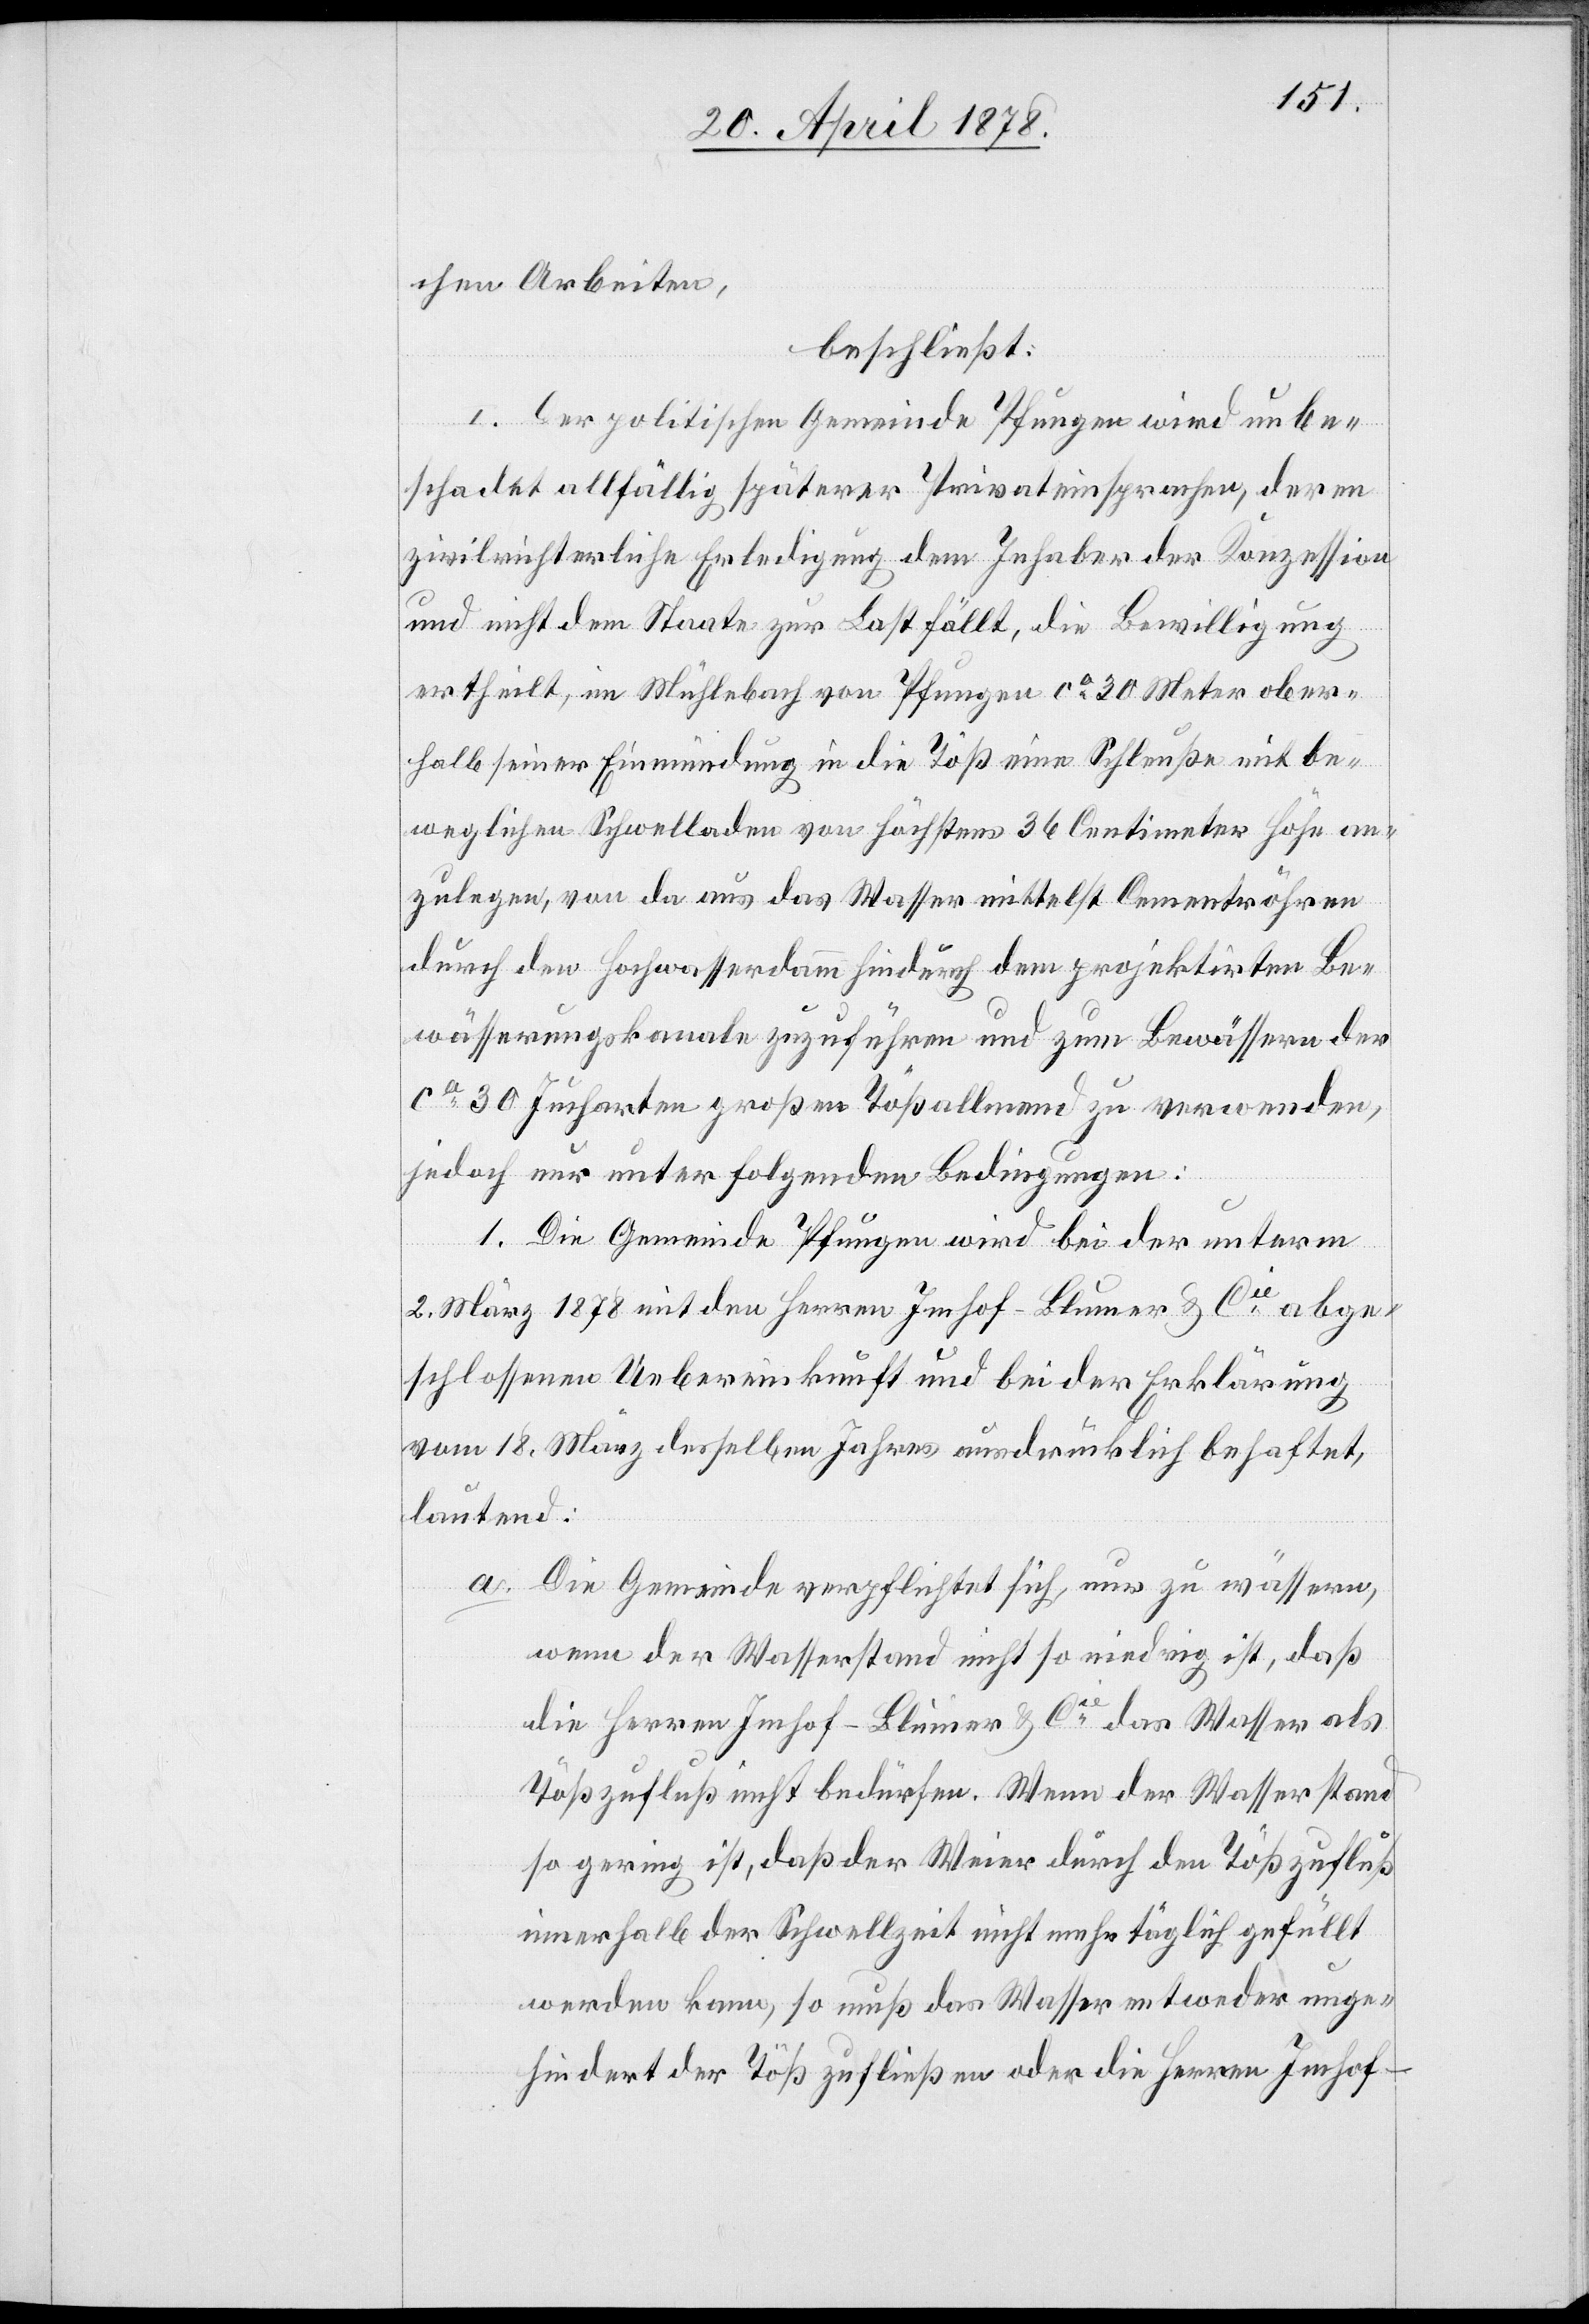
chen Arbeiten,
beschließt:
I. Der politischen Gemeinde Pfungen wird unbe¬
schadet allfällig späterer Privateinsprachen, deren
zivilrichterliche Erledigung dem Inhaber der Konzession
und nicht dem Staate zur Last fällt, die Bewilligung
ertheilt, im Mühlebach von Pfungen ca 30 Meter ober¬
halb seiner Einmündung in die Töß eine Schleuße mit be¬
weglichen Schwelladen von höchstens 36 Centimeter Höhe an¬
zulegen, von da aus das Wasser mittelst Cementröhren
durch den Hochwasserdamm hindurch dem projektirten Be¬
wässerungskanale zuzuführen und zum Bewässern der
ca 30 Jucharten großen Tößallmend zu verwenden,
jedoch nur unter folgenden Bedingungen:
1. Die Gemeinde Pfungen wird bei der unterm
2. März 1878 mit den Herren Imhof-Blumer & Cie abge¬
schlossenen Uebereinkunft und bei der Erklärung
vom 18. März desselben Jahres ausdrücklich behaftet,
lautend:
Die Gemeinde verpflichtet sich, nur zu wässern,
wenn der Wasserstand nicht so niedrig ist, daß
die Herren Imhof-Blumer & Cie das Wasser als
Tößzufluß nicht bedürfen. Wenn der Wasserstand
so gering ist, daß der Weier durch den Tößzufluß
innerhalb der Schwellzeit nicht mehr täglich gefüllt
werden kann, so muß das Wasser entweder unge¬
hindert der Töß zufließen oder die Herren Imhof-